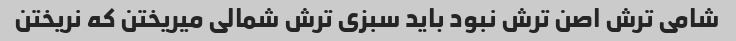
شامی ترش اصن ترش نبود باید سبزی ترش شمالی میریختن که نریختن